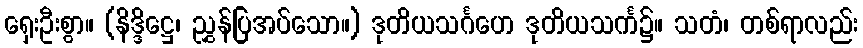
ရှေးဦးစွာ။ (နိဒ္ဒိဋ္ဌေ၊ ညွှန်ပြအပ်သော။) ဒုတိယသင်္ဂဟေ ဒုတိယသင်္က၌။ သတံ၊ တစ်ရာလည်း